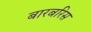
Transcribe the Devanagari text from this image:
बारबरिस